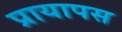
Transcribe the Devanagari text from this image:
प्रायापस